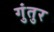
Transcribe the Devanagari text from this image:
गुंतुर